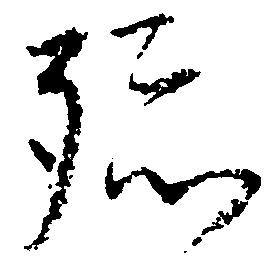
孫